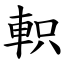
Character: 軹